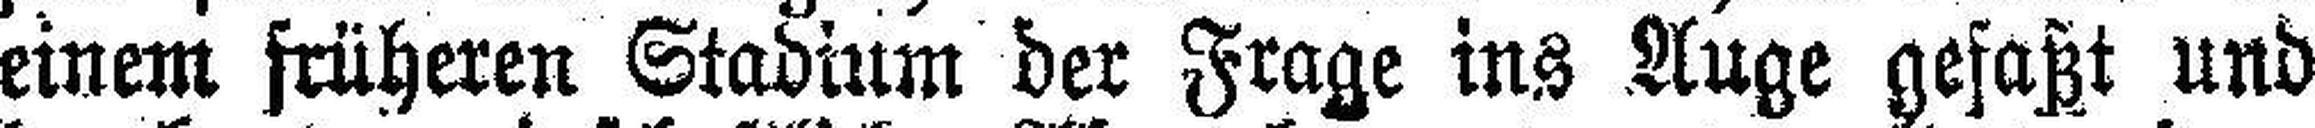
einem früheren Stadium der Frage ins Auge gefaßt und